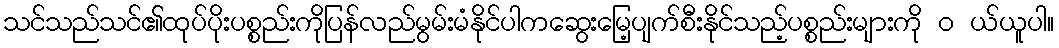
သင်သည်သင်၏ထုပ်ပိုးပစ္စည်းကိုပြန်လည်မွမ်းမံနိုင်ပါကဆွေးမြေ့ပျက်စီးနိုင်သည့်ပစ္စည်းများကို ၀ ယ်ယူပါ။